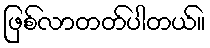
ဖြစ်လာတတ်ပါတယ်။